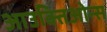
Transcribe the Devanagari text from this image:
आउक्तिओन्स